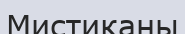
Мистиканы